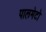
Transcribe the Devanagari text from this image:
पालमेटो